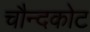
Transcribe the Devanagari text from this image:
चौन्दकोट